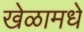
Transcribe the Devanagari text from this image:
खेळामधे